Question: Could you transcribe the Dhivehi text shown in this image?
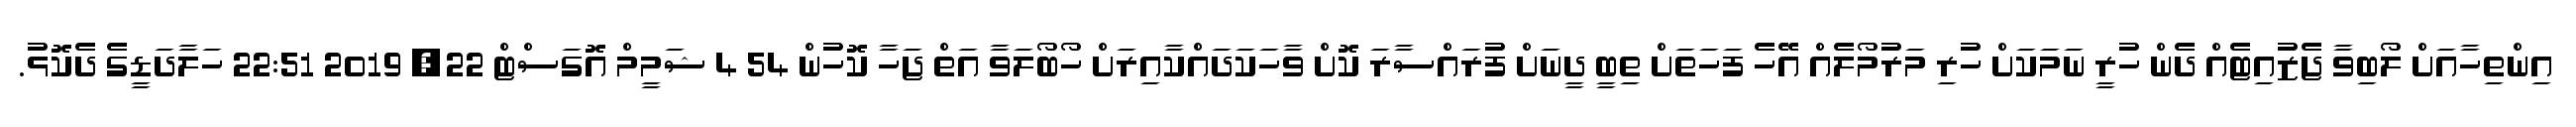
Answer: އިންތިހާއަށް ލޯބިވާ ޖެޒުއިޓެއް ދެން ހުރީ ނަމަކަށް ހުރި މަރުމޯލެއް އޭހެ ފަހަތަށް ތިބީ ދީނަށް ފުރައްސާރަ ކޮށް ވާހަކަދައްކާއިރަށް ހޯބޯލަވާ އަތް ޖަހާ ކޮހުން 54 4 ޝަމީމް އޮގަސްޓް 22, 2019 22:51 ހަލާދަޑީގެ ދެކޮޅު.